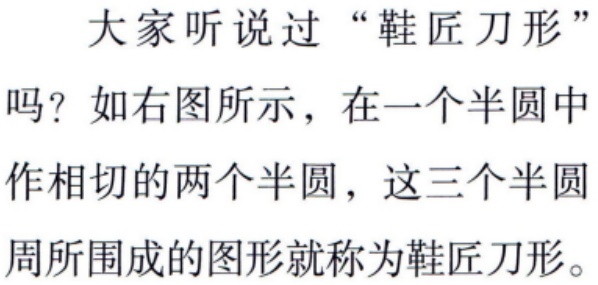
大家听说过“鞋匠刀形”吗？如右图所示，在一个半圆中作相切的两个半圆，这三个半圆周所围成的图形就称为鞋匠刀形。